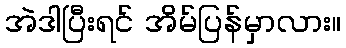
အဲဒါပြီးရင် အိမ်ပြန်မှာလား။